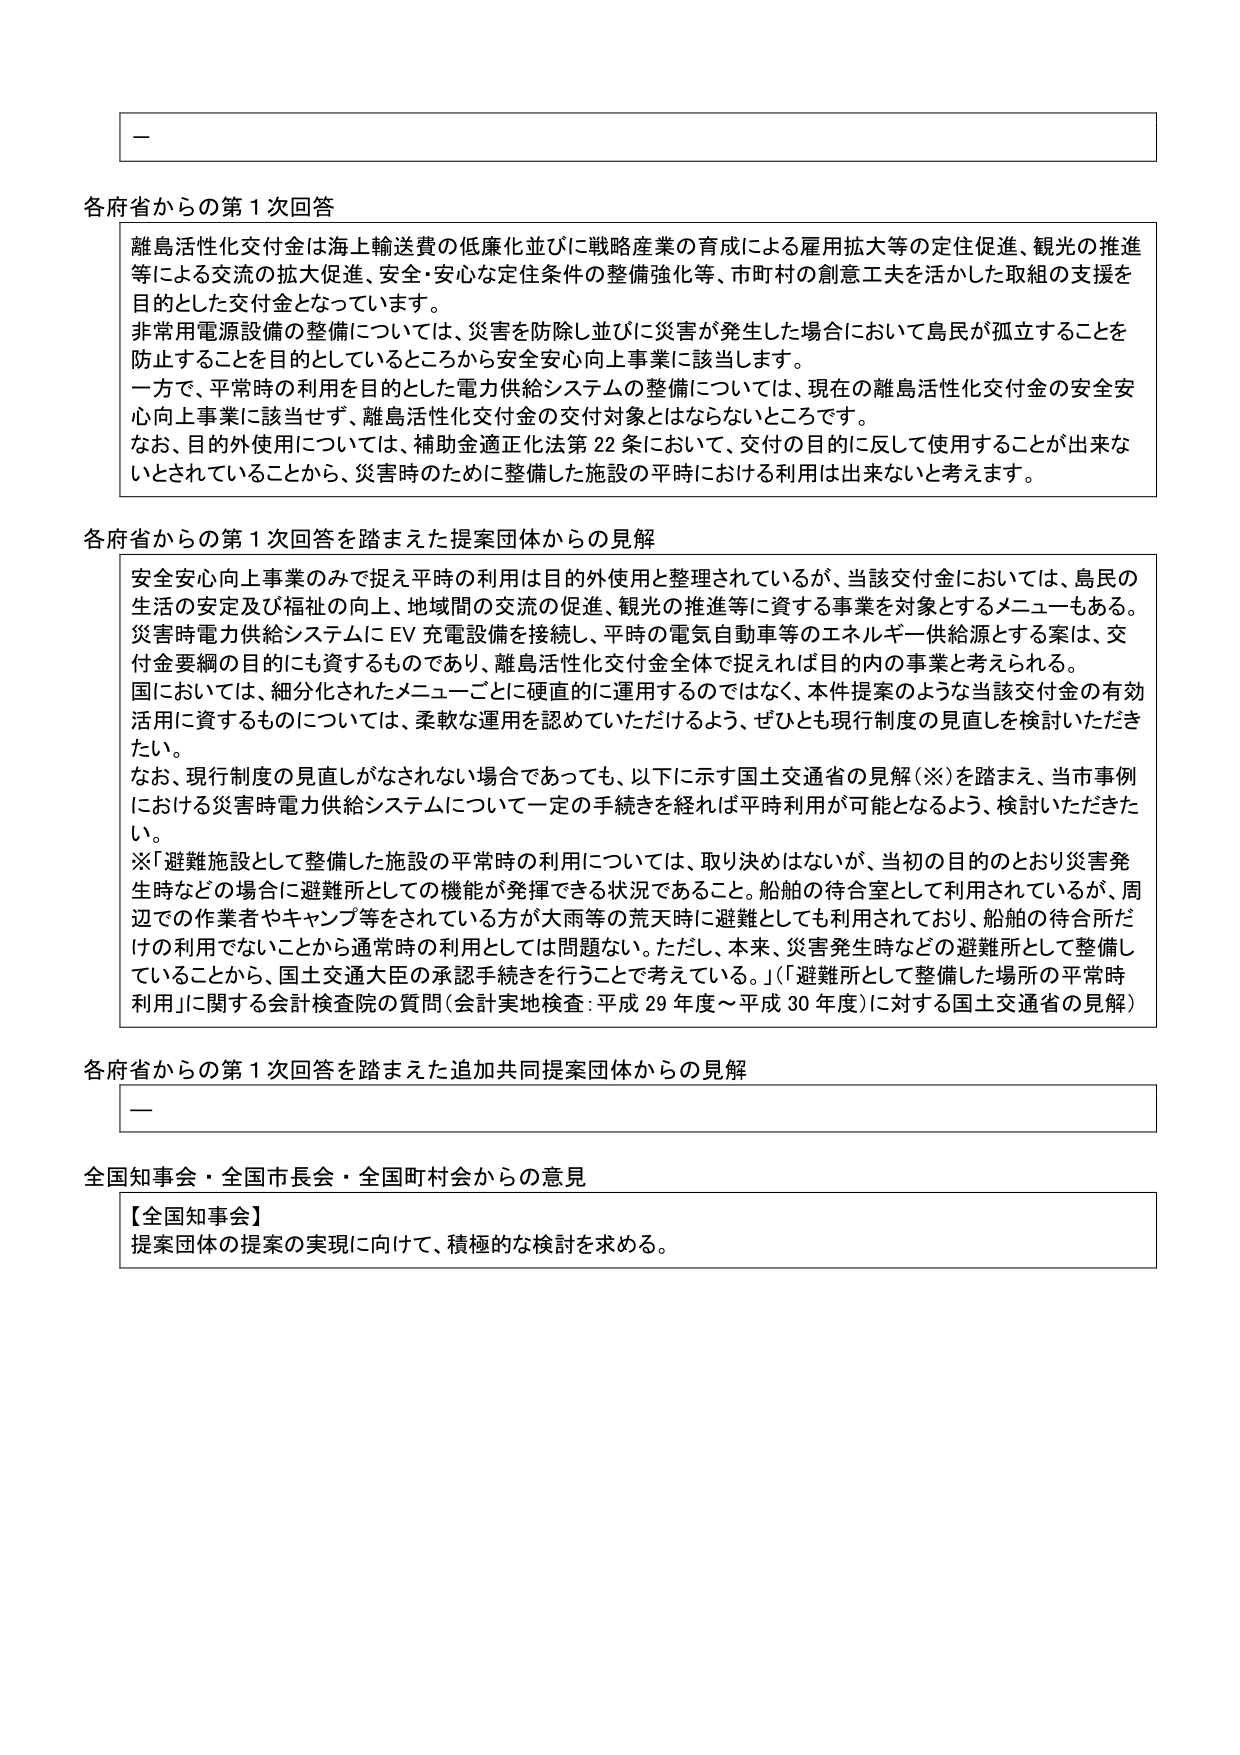
一

各府省からの第1次回答
離島活性化交付金は海上輸送費の低廉化並びに戦略産業の育成による雇用拡大等の定住促進、観光の推進等による交流の拡大促進、安全・安心な定住条件の整備強化等、市町村の創意工夫を活かした取組の支援を目的とした交付金となっています。
非常用電源設備の整備については、災害を防除し並びに災害が発生した場合において島民が孤立することを防止することを目的としているところから安全安心向上事業に該当します。
一方で、平常時の利用を目的とした電力供給システムの整備については、現在の離島活性化交付金の安全安心向上事業に該当せず、離島活性化交付金の交付対象とはならないところです。
なお、目的外使用については、補助金適正化法第22条において、交付の目的に反して使用することが出来ないとされていることから、災害時のために整備した施設の平時における利用は出来ないと考えます。

各府省からの第1次回答を踏まえた提案団体からの見解
安全安心向上事業のみで捉え平時の利用は目的外使用と整理されているが、当該交付金においては、島民の生活の安定及び福祉の向上、地域間の交流の促進、観光の推進等に資する事業を対象とするメニューもある。災害時電力供給システムにEV充電設備を接続し、平時の電気自動車等のエネルギー供給源とする案は、交付金要綱の目的にも資するものであり、離島活性化交付金全体で捉えれば目的内の事業と考えられる。
国においては、細分化されたメニューごとに硬直的に運用するのではなく、本件提案のような当該交付金の有効活用に資するものについては、柔軟な運用を認めていただけるよう、ぜひとも現行制度の見直しを検討いただきたい。
なお、現行制度の見直しがなされない場合であっても、以下に示す国土交通省の見解(※)を踏まえ、当市事例における災害時電力供給システムについて一定の手続きを経れば平時利用が可能となるよう、検討いただきたい。
※「避難施設として整備した施設の平常時の利用については、取り決めはないが、当初の目的のとおり災害発生時などの場合に避難所としての機能が発揮できる状況であること。船舶の待合室として利用されているが、周辺での作業者やキャンプ等をされている方が大雨等の荒天時に避難としても利用されており、船舶の待合所だけの利用でないことから通常時の利用としては問題ない。ただし、本来、災害発生時などの避難所として整備していることから、国土交通大臣の承認手続きを行うことで考えている。」（「避難所として整備した場所の平常時利用」に関する会計検査院の質問（会計実地検査：平成29年度～平成30年度）に対する国土交通省の見解）

各府省からの第1次回答を踏まえた追加共同提案団体からの見解
一

全国知事会・全国市長会・全国町村会からの意見
【全国知事会】
提案団体の提案の実現に向けて、積極的な検討を求める。